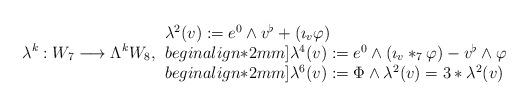
LaTeX: \begin{align*} \lambda^k: W_7 \longrightarrow \Lambda^k W_8, \begin{array}{ll} \lambda^2(v) := e^0 \wedge v^\flat + (\imath_v \varphi)\\begin{align*}2mm]\lambda^4(v) := e^0 \wedge (\imath_v \ast_7 \varphi) - v^\flat \wedge \varphi\\begin{align*}2mm]\lambda^6(v) := \Phi \wedge \lambda^2(v) = 3 \ast \lambda^2(v)\end{array}\end{align*}